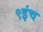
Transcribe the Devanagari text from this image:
९इंच